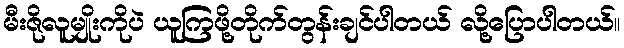
မီးဇိုလူမျိုးကိုပဲ ယူကြဖို့တိုက်တွန်းချင်ပါတယ် လို့ပြောပါတယ်။